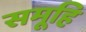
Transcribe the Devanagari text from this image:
समूहि